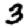
Digit: 3